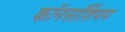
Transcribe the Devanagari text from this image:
कॉनसॉर्शियम